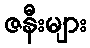
ဇနီးများ